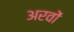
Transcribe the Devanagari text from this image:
अरवों